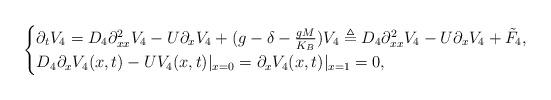
LaTeX: \begin{align*}\begin{cases}\partial_{t}V_{4} = D_{4} \partial_{xx}^{2}V_{4} -U \partial_{x}V_{4} + (g - \delta - \frac{gM}{K_{B}}) V_{4} \triangleq D_{4} \partial_{xx}^{2} V_{4} - U \partial_{x}V_{4} + \tilde{F}_{4},\\D_{4} \partial_{x} V_{4}(x,t) - U V_{4}(x,t) \rvert_{x=0} = \partial_{x}V_{4}(x,t) \rvert_{x=1} = 0, \end{cases}\end{align*}